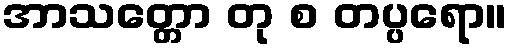
အာသတ္တော တု စ တပ္ပရော။